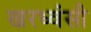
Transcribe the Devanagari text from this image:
खरध्वंसी